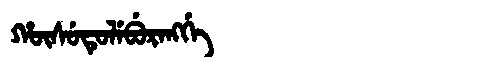
Manchu: ᡥᡡᠰᡠᡨᡠᠯᡝᠪᡠᡵᠠᠩᡤᡝ
Romanization: HŪSUTULEBURANGGE